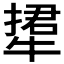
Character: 𤚹